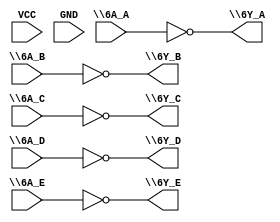
// This program was cloned from: https://github.com/steveicarus/ivtest
// License: GNU General Public License v2.0

module part3 (
\6A_A ,
\6Y_A ,
VCC ,
GND ,
\6A_B ,
\6Y_B ,
\6A_C ,
\6Y_C ,
\6A_D ,
\6Y_D ,
\6A_E ,
// note: with space before the nl below
\6Y_E
) ;

input \6A_A ;
output \6Y_A ;
input VCC ;
input GND ;
input \6A_B ;
output \6Y_B ;
input \6A_C ;
output \6Y_C ;
input \6A_D ;
output \6Y_D ;
input \6A_E ;
output \6Y_E ;

assign \6Y_A  = ~\6A_A ;
assign \6Y_B  = ~\6A_B ;
assign \6Y_C  = ~\6A_C ;
assign \6Y_D  = ~\6A_D ;
assign \6Y_E  = ~\6A_E ;

endmodule